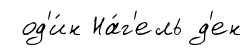
од'и́н На́г'ель д'ен